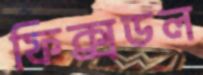
ফিক্সডল